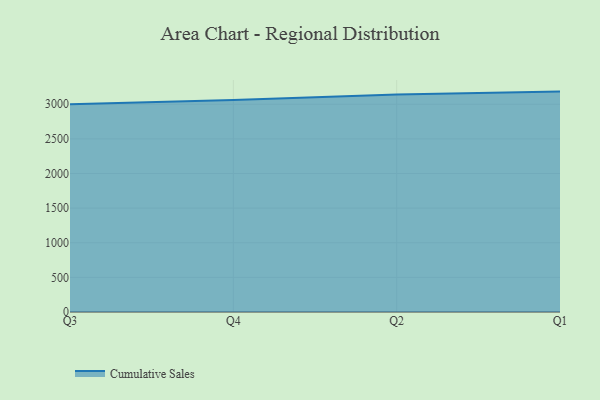
{"axis": {"x": "Quarter", "y": "Demand Index"}, "legend": ["Cumulative Sales"], "data": [{"x": "Q3", "y": 3001.7, "type": "Cumulative Sales"}, {"x": "Q4", "y": 3062.2, "type": "Cumulative Sales"}, {"x": "Q2", "y": 3141.8, "type": "Cumulative Sales"}, {"x": "Q1", "y": 3182.6, "type": "Cumulative Sales"}]}